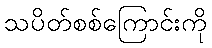
သပိတ်စစ်ကြောင်းကို